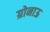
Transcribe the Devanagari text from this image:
ग्रोनाऊ